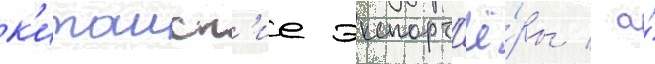
к'итаиск'ие экспорт'ё́ры / а́